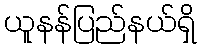
ယူနန်ပြည်နယ်ရှိ